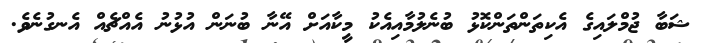
ޝަބާ ޖުމްލައިގެ އެކިތަންތަންކޮޅު ބުނެލުމާއިއެކު މީކާއަށް އޭނާ ބުނަން އުޅުނު އެއްޗެއް އެނގުނެވެ.